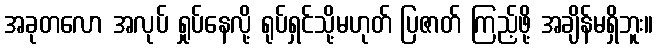
အခုတလော အလုပ် ရှုပ်နေလို့ ရုပ်ရှင်သို့မဟုတ် ပြဇာတ် ကြည့်ဖို့ အချိန်မရှိဘူး။